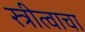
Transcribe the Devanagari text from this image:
स्त्रीत्वाचा